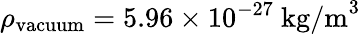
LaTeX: \rho_{\mathrm{vacuum}}=5.96\times 10^{-27}{\mathrm{~kg/m}}^{3}